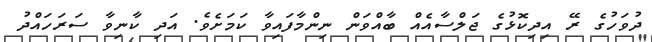
ދުވަހުގެ ރޭ އިދިކޮޅުގެ ޖަލްސާއެއް ބާއްވަން ނިންމާފައިވާ ކަމަށެވެ. އަދި ކާނިވާ ސަރަހައްދު